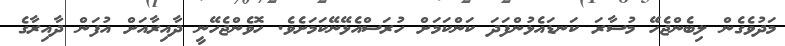
މަދުވެގެން ލިބެންޖެހޭ މުސާރަ ކަނޑައެޅުންފަދަ ކަންކަމަށް ހުރަސްއެޅޭނޭކަމަށެވެ. ހޮވެންޖެހޭނީ ދާއިރާއަށް އުފަން ދާއިރާގެ